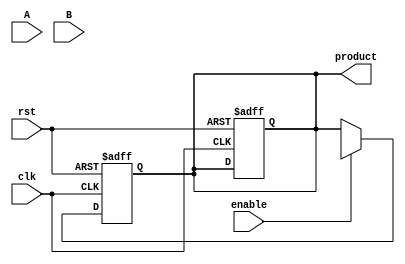
module WallaceTreeMultiplier #(parameter N = 8) (
    input clk,
    input rst,
    input enable,
    input [N-1:0] A,
    input [N-1:0] B,
    output reg [2*N-1:0] product
);

    reg [N-1:0] partial_products [0:N-1]; // Array to store partial products
    reg [2*N-1:0] sum_stage [0:N-1];      // Array to store sums at each stage
    reg [N:0] carry_stage [0:N-1];        // Array to store carries at each stage

    integer i, j;
    
    // Partial Product Generation
    always @(posedge clk or posedge rst) begin
        if (rst) begin
            product <= 0;
        end else if (enable) begin
            // Generate partial products
            for (i = 0; i < N; i = i + 1) begin
                partial_products[i] = A & {N{B[i]}};
            end
        end
    end

    // Wallace Tree Reduction
    always @(posedge clk or posedge rst) begin
        if (rst) begin
            product <= 0;
        end else if (enable) begin
            // Initialize first stage sum and carry
            for (i = 0; i < N; i = i + 1) begin
                sum_stage[0][i +: N] = partial_products[i];
                carry_stage[0][i] = 0; // Initialize carry to zero
            end
            
            // Reduction stages
            for (i = 0; i < N-1; i = i + 1) begin
                for (j = 0; j < (N >> 1); j = j + 1) begin
                    {carry_stage[i+1][j+1], sum_stage[i+1][j +: N]} = sum_stage[i][j +: N] + 
                                                                      sum_stage[i][j + N +: N] + 
                                                                      carry_stage[i][j];
                end
            end
            
            // Final Stage Addition
            product <= sum_stage[N-1][0 +: 2*N] + carry_stage[N-1][0];
            
        end
    end

endmodule